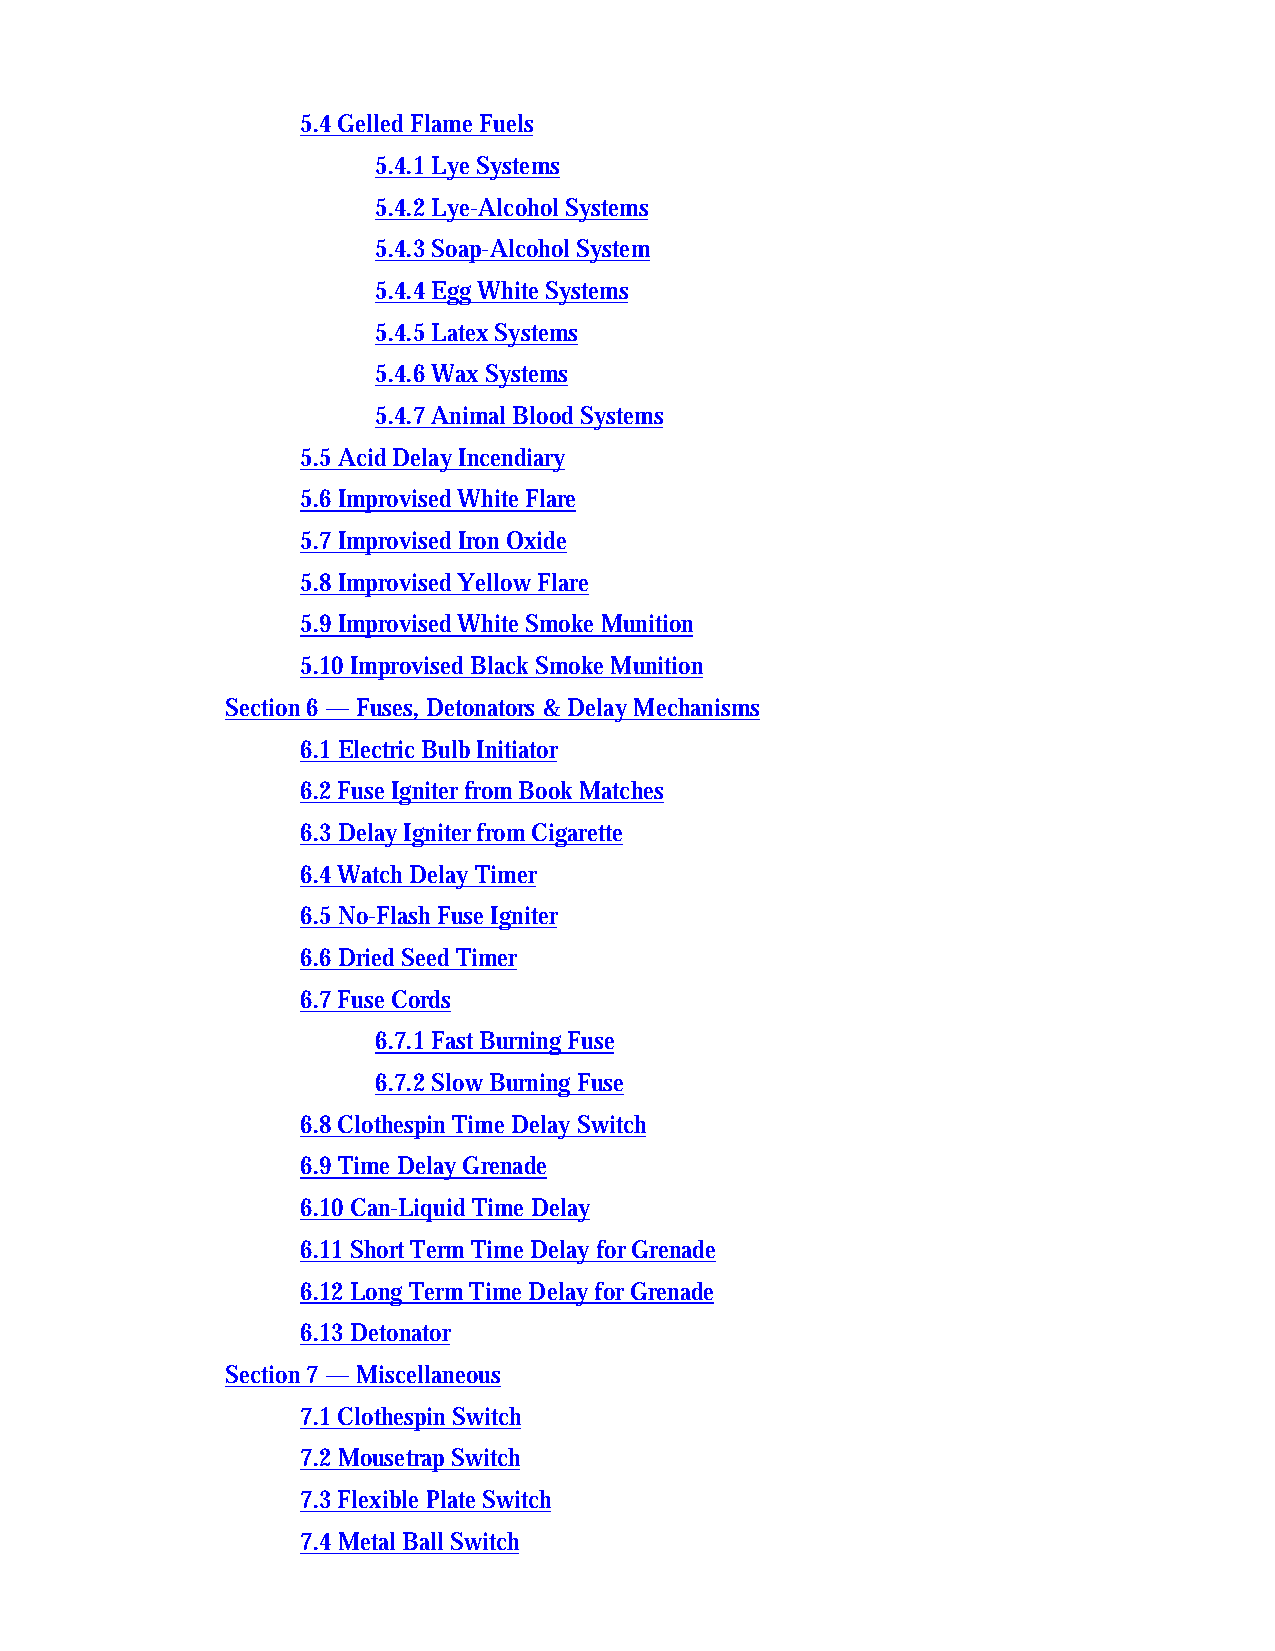
5.4 Gelled Flame Fuels
 5.4.1 Lye Systems
 5.4.2 Lye-Alcohol Systems
 5.4.3 Soap-Alcohol System
 5.4.4 Egg White Systems
 5.4.5 Latex Systems
 5.4.6 Wax Systems
 5.4.7 Animal Blood Systems
 5.5 Acid Delay Incendiary
 5.6 Improvised White Flare
 5.7 Improvised Iron Oxide
 5.8 Improvised Yellow Flare
 5.9 Improvised White Smoke Munition
 5.10 Improvised Black Smoke Munition
 Section 6 — Fuses, Detonators & Delay Mechanisms
 6.1 Electric Bulb Initiator
 6.2 Fuse Igniter from Book Matches
 6.3 Delay Igniter from Cigarette
 6.4 Watch Delay Timer
 6.5 No-Flash Fuse Igniter
 6.6 Dried Seed Timer
 6.7 Fuse Cords
 6.7.1 Fast Burning Fuse
 6.7.2 Slow Burning Fuse
 6.8 Clothespin Time Delay Switch
 6.9 Time Delay Grenade
 6.10 Can-Liquid Time Delay
 6.11 Short Term Time Delay for Grenade
 6.12 Long Term Time Delay for Grenade
 6.13 Detonator
 Section 7 — Miscellaneous
 7.1 Clothespin Switch
 7.2 Mousetrap Switch
 7.3 Flexible Plate Switch
 7.4 Metal Ball Switch